King Institute of Preventive Medicine Micro-Biological Section reports 1909-11
Year: 1909
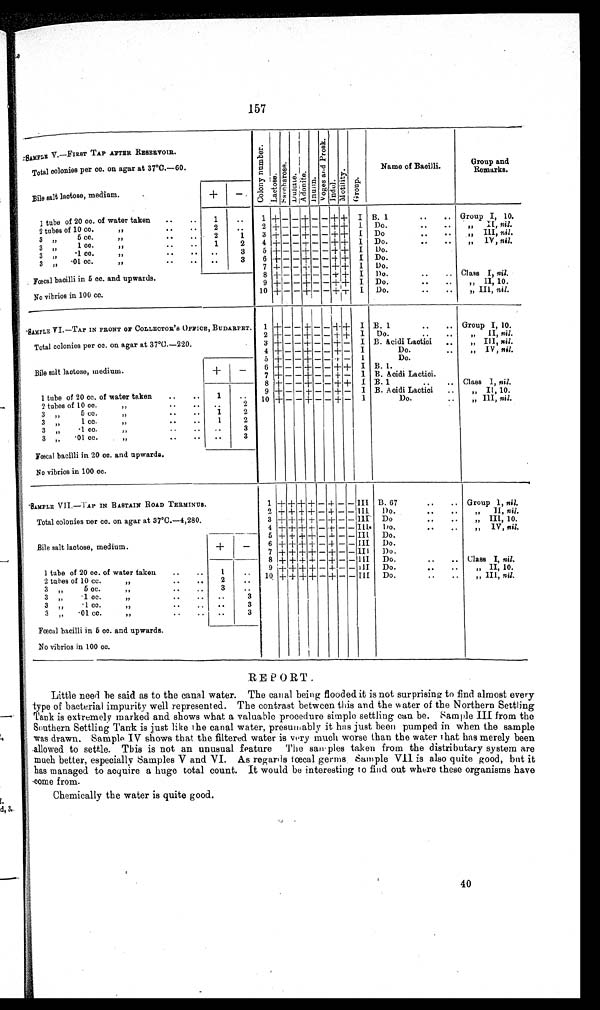
157
SAMPLE V.—FIRST TAP AFTER RESERVOIR.
C o l o n y n u m b e r .
L a c t o s e .
S a c c h a r o s e .
D u l c i t e .
A d o n i t e .
I n u a i n .
V o g e s a n d P r o s k .
I n d o l .
M o t i l i t y .
G r o u p .
Name of Bacilli.
Group and
Remarks.
Total colonies per cc. on agar at 37°C.—60.
Bile salt lactose, medium.
+
-
B. 1
..
.. Group I, 10.
1 tube of 20 co. of water taken
..
..
1
..
1 + — — + — — + + I
Do...
• •
II
I I -
i
nil.
..
2 + — — + — — + + I
2
2 tubes of 10 cc.
,, •
.
..
1
3
+ — — + — — + +
I
Do
, ,
..
„ III, nil.
3
,,
5 cc.
)1
Do.
..
..
„ IV, nil.
2
1
4
+ — — + — — + +
I
3 „
1 cc.
,,
• .
• .
Do.
3
5 + — — + — — + + I
·1 cc.
,,
••
..
..
3 „
Do.
6 + — — + — — + +
I
• 01 cc.
)f
• .
••
••
3
3 „
Do.
7
+ — —
+ — — + +
I
Class I, nil.
Fœcal bacilli in 5 cc. and upwards.
8 + — — + — — + + I
Do.
• •
• •
„ II, 10.
9 + — — + — — + + I Do.
..
..
10 + — — + — — + +
I
Do.
..
..
„ III, nil.
No vibrios in 100 cc.
SIMPLE VI.—TAP IN FRONT OF COLLECTOR' S OFFICE, BUDARPET.
1 + — — + — — + +
I B. 1
••
..
Group I, 10.
Do.
..
..
„
II, nil.
2 + — — + — — + + I
Total colonies per cc. on agar at 37°C.—220.
B. Acidi Lactici
.,
3 + — — + — — + — I
„ III, nil.
4 + — — + — — + — I
Do.
„
„ IV, nil.
5 + — —
+ — — + — I
Do.
Bile salt lactose, medium.
+
—
6 + — — + — — + + I B. 1.
7
+ — — + — — + — 1 B. Acidi Lactici.
B. 1
..
..
8 + — — + — — + + I
Class 1, nil.
1 tube of 20 cc. of water taken
..
..
1
..
„ II, 10.
9 + — — + — — + — I B. Acidi Lactici
..
10 + — — + — — + — I
Do.
..
„ 111 , nil.
• •
2
7 tubes of 10 oc.
>7
• •
• .
3 „
5 cc.
..
..
1
2
1
2
3
1 cc.
1,
..
• •
3
..
3 „
•1 cc.
..
..
3 „
• 01 cc.
I,
..
..
3
• •
Fœcal bacilli in 20 cc. and upwards.
No vibrios in 100 cc.
SAMPLE VII.—TAP IN BASTAIN ROAD TERMINUS.
1
+ + + + —
+ — — III B. 67
..
.. Group 1, nil.
2 + + + + — + — -
I I I Do.
..
.
„
II, nil.
Total colonies ner cc. on agar at 37°C.—4,280.
3 + + + + — + — -
I I I Do
..
..
„ III, 10.
4 + + + + — + — —
I I I
Do.
..
„
,,IV, nil.
5 + + + + — + — — III
Do.
Bile salt lactose, medium.
+
—
Do.
6
+ + + + — + — — III
Do.
7
+ + + + — + — — II I
Class I, nil.
8 + + +
+ —
+ — — III
Do.
..
..
1 tube of 20 cc. of water taken
..
..
1
9 +
+ + + — + — —
I I I Do.
..
..
„ II 10.
10 + + + + — + — — III
Do.
..
..
„III, nil.
2
2 tubes of 10 cc.
,P
• •
••
3 „
5 cc.
I,
..
..
3
• •
3 „
• 1 cc
1,
• •
• •
3
3 „
.1 cc
,,
• •
• .
..
3
3
·01 cc
,,
..
..,
• •
Fœcal bacilli in 5 cc. and upwards.
No vibrios in 100 cc.
REPORT.
Little need be said as to the canal water. The canal being flooded it is not surprising to find almost every
type of bacterial impurity well represented. The contrast between this and the water of the Northern Settling
Tank is extremely marked and shows what a valuable procedure simple settling can be. Sample III from the
Southern Settling Tank is just like the canal water, presumably it has just been pumped in when the sample
was drawn. Sample IV shows that the filtered water is very much worse than the water that has merely been
allowed to settle. This is not an unusual feature The samples taken from the distributary system are
much better, especially Samples V and VI. As regards fœcal germs Sample VII is also quite good, but it
has managed to acquire a huge total count. It would be interesting to find out where these organisms have
come from.
Chemically the water is quite good.
40
40